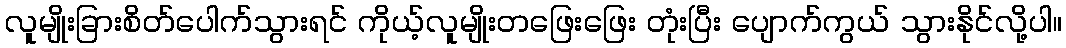
လူမျိုးခြားစိတ်ပေါက်သွားရင် ကိုယ့်လူမျိုးတဖြေးဖြေး တုံးပြီး ပျောက်ကွယ် သွားနိုင်လို့ပါ။